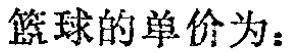
篮球的单价为：